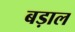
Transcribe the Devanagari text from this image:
बड़ाल